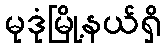
မုဒုံမြို့နယ်ရှိ